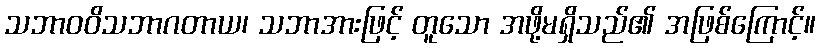
သဘာဝဝိသဘာဂတာယ၊ သဘာအားဖြင့် တူသော အဖို့မရှိသည်၏ အဖြစ်ကြောင့်။